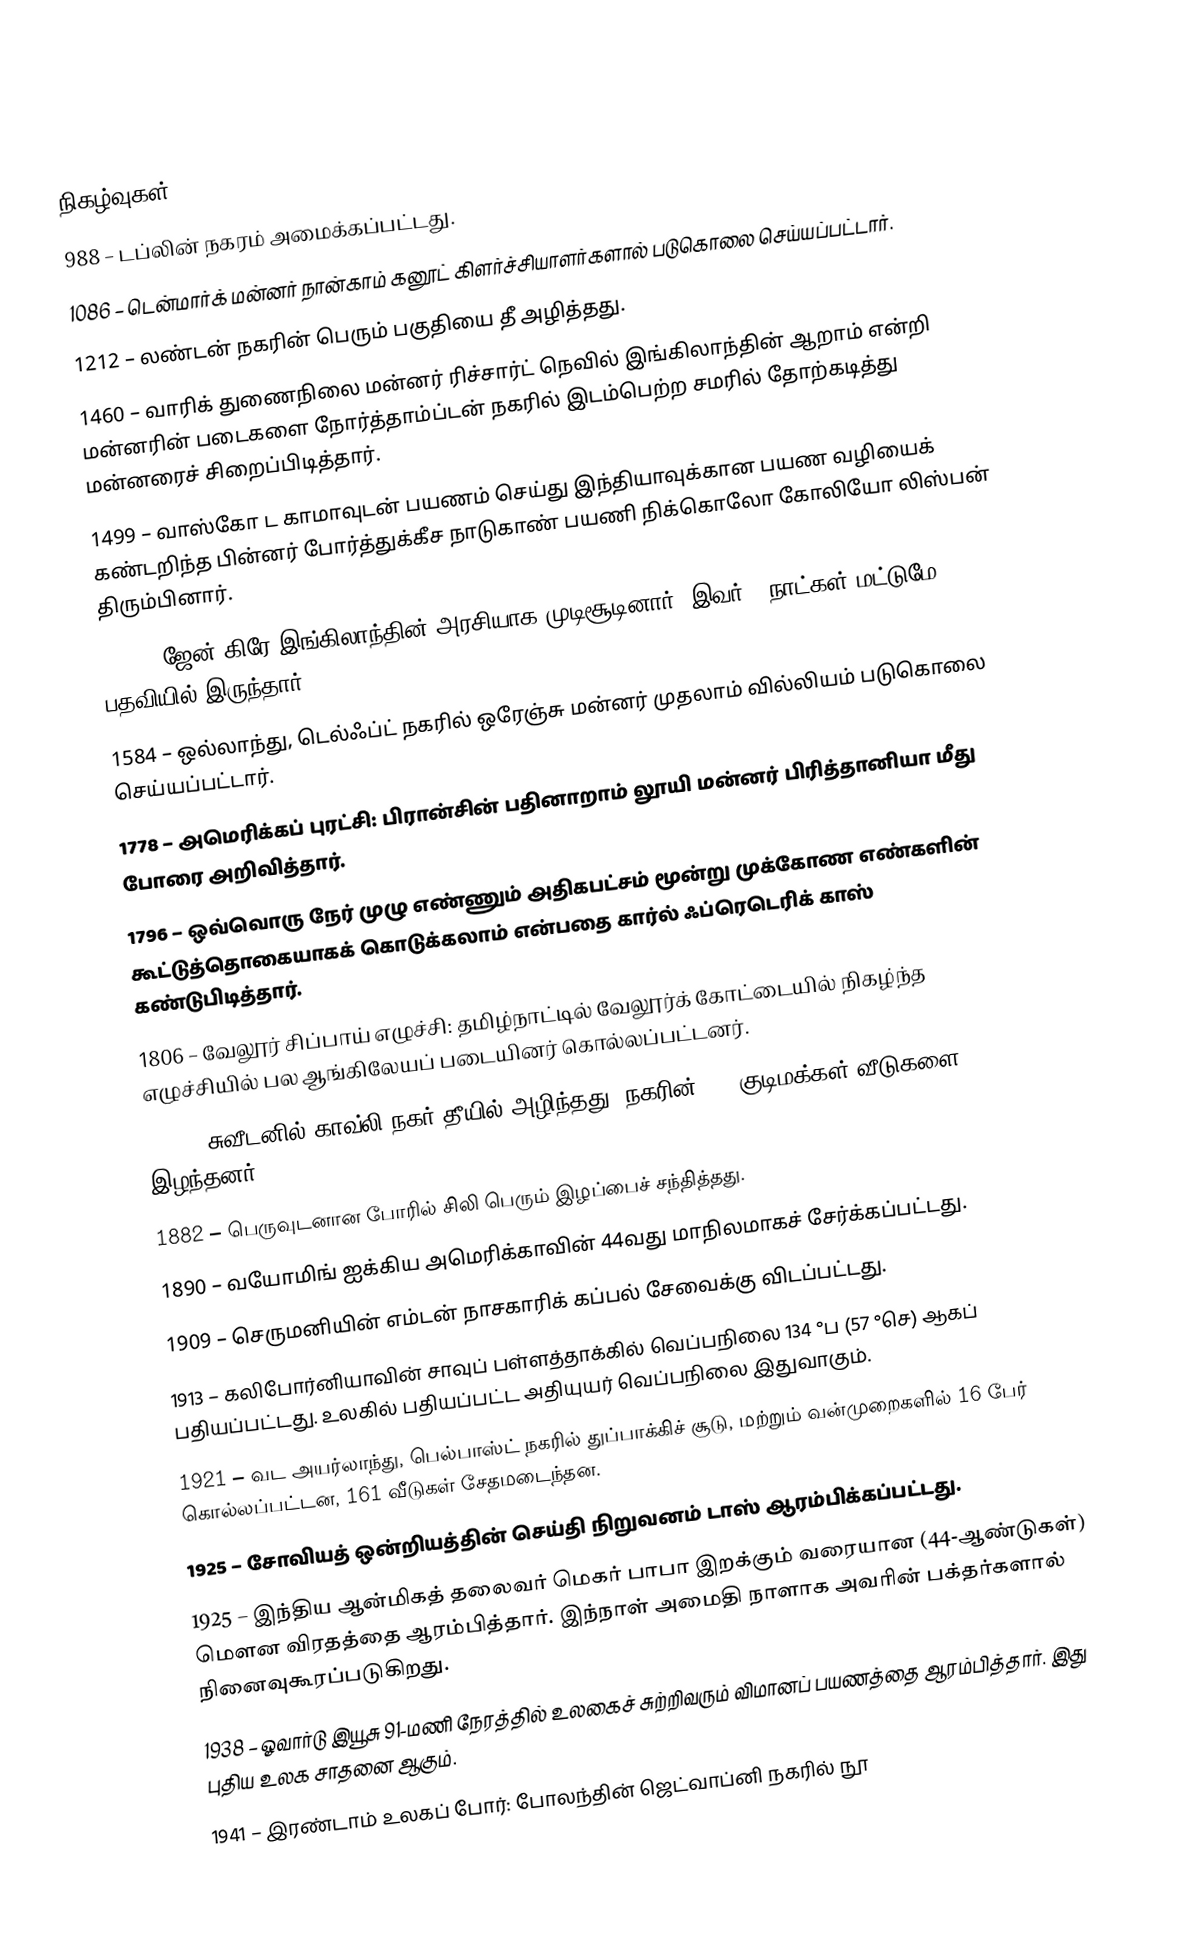

நிகழ்வுகள்
 988 – டப்லின் நகரம் அமைக்கப்பட்டது.
1086 – டென்மார்க் மன்னர் நான்காம் கனூட் கிளர்ச்சியாளர்களால் படுகொலை செய்யப்பட்டார்.
1212 – லண்டன் நகரின் பெரும் பகுதியை தீ அழித்தது.
1460 – வாரிக் துணைநிலை மன்னர் ரிச்சார்ட் நெவில் இங்கிலாந்தின் ஆறாம் என்றி மன்னரின் படைகளை நோர்த்தாம்ப்டன் நகரில் இடம்பெற்ற சமரில் தோற்கடித்து மன்னரைச் சிறைப்பிடித்தார்.
1499 – வாஸ்கோ ட காமாவுடன் பயணம் செய்து இந்தியாவுக்கான பயண வழியைக் கண்டறிந்த பின்னர் போர்த்துக்கீச நாடுகாண் பயணி நிக்கொலோ கோலியோ லிஸ்பன் திரும்பினார்.
1553 – ஜேன் கிரே இங்கிலாந்தின் அரசியாக முடிசூடினார். இவர் 9 நாட்கள் மட்டுமே பதவியில் இருந்தார்.
1584 – ஒல்லாந்து, டெல்ஃப்ட் நகரில் ஒரேஞ்சு மன்னர் முதலாம் வில்லியம் படுகொலை செய்யப்பட்டார்.
1778 – அமெரிக்கப் புரட்சி: பிரான்சின் பதினாறாம் லூயி மன்னர் பிரித்தானியா மீது போரை அறிவித்தார்.
1796 – ஒவ்வொரு நேர் முழு எண்ணும் அதிகபட்சம் மூன்று முக்கோண எண்களின் கூட்டுத்தொகையாகக் கொடுக்கலாம் என்பதை கார்ல் ஃப்ரெடெரிக் காஸ் கண்டுபிடித்தார்.
1806 – வேலூர் சிப்பாய் எழுச்சி: தமிழ்நாட்டில் வேலூர்க் கோட்டையில் நிகழ்ந்த எழுச்சியில் பல ஆங்கிலேயப் படையினர் கொல்லப்பட்டனர்.
1869 – சுவீடனில் காவ்லி நகர் தீயில் அழிந்தது. நகரின் 80% குடிமக்கள் வீடுகளை இழந்தனர்.
1882 – பெருவுடனான போரில் சிலி பெரும் இழப்பைச் சந்தித்தது.
1890 – வயோமிங் ஐக்கிய அமெரிக்காவின் 44வது மாநிலமாகச் சேர்க்கப்பட்டது.
1909 – செருமனியின் எம்டன் நாசகாரிக் கப்பல் சேவைக்கு விடப்பட்டது.
1913 – கலிபோர்னியாவின் சாவுப் பள்ளத்தாக்கில் வெப்பநிலை 134 °ப (57 °செ) ஆகப் பதியப்பட்டது. உலகில் பதியப்பட்ட அதியுயர் வெப்பநிலை இதுவாகும்.
1921 – வட அயர்லாந்து, பெல்பாஸ்ட் நகரில் துப்பாக்கிச் சூடு, மற்றும் வன்முறைகளில் 16 பேர் கொல்லப்பட்டன, 161 வீடுகள் சேதமடைந்தன.
1925 – சோவியத் ஒன்றியத்தின் செய்தி நிறுவனம் டாஸ் ஆரம்பிக்கப்பட்டது.
1925 – இந்திய ஆன்மிகத் தலைவர் மெகர் பாபா இறக்கும் வரையான (44-ஆண்டுகள்) மௌன விரதத்தை ஆரம்பித்தார். இந்நாள் அமைதி நாளாக அவரின் பக்தர்களால் நினைவுகூரப்படுகிறது.
1938 – ஓவார்டு இயூசு 91-மணி நேரத்தில் உலகைச் சுற்றிவரும் விமானப் பயணத்தை ஆரம்பித்தார். இது புதிய உலக சாதனை ஆகும்.
1941 – இரண்டாம் உலகப் போர்: போலந்தின் ஜெட்வாப்னி நகரில் நூ